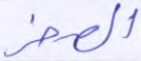
الصخر